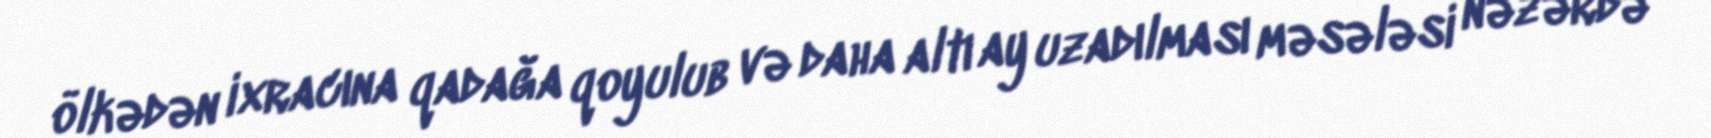
ölkədən ixracına qadağa qoyulub və daha altı ay uzadılması məsələsi nəzərdə